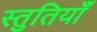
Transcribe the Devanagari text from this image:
स्‍तुतियाँ